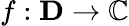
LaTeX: f:\mathbf{D}\rightarrow\mathbb{C}